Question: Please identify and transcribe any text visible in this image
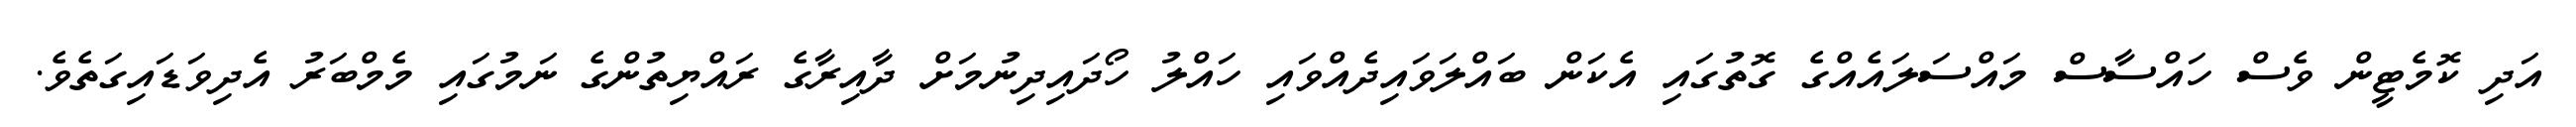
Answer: އަދި ކޮމެޓީން ވެސް ހައްސާސް މައްސަލައެއްގެ ގޮތުގައި އެކަން ބައްލަވައިދެއްވައި ހައްލު ހޯދައިދިނުމަށް ދާއިރާގެ ރައްޔިތުންގެ ނަމުގައި މެމްބަރު އެދިވަޑައިގަތެވެ.